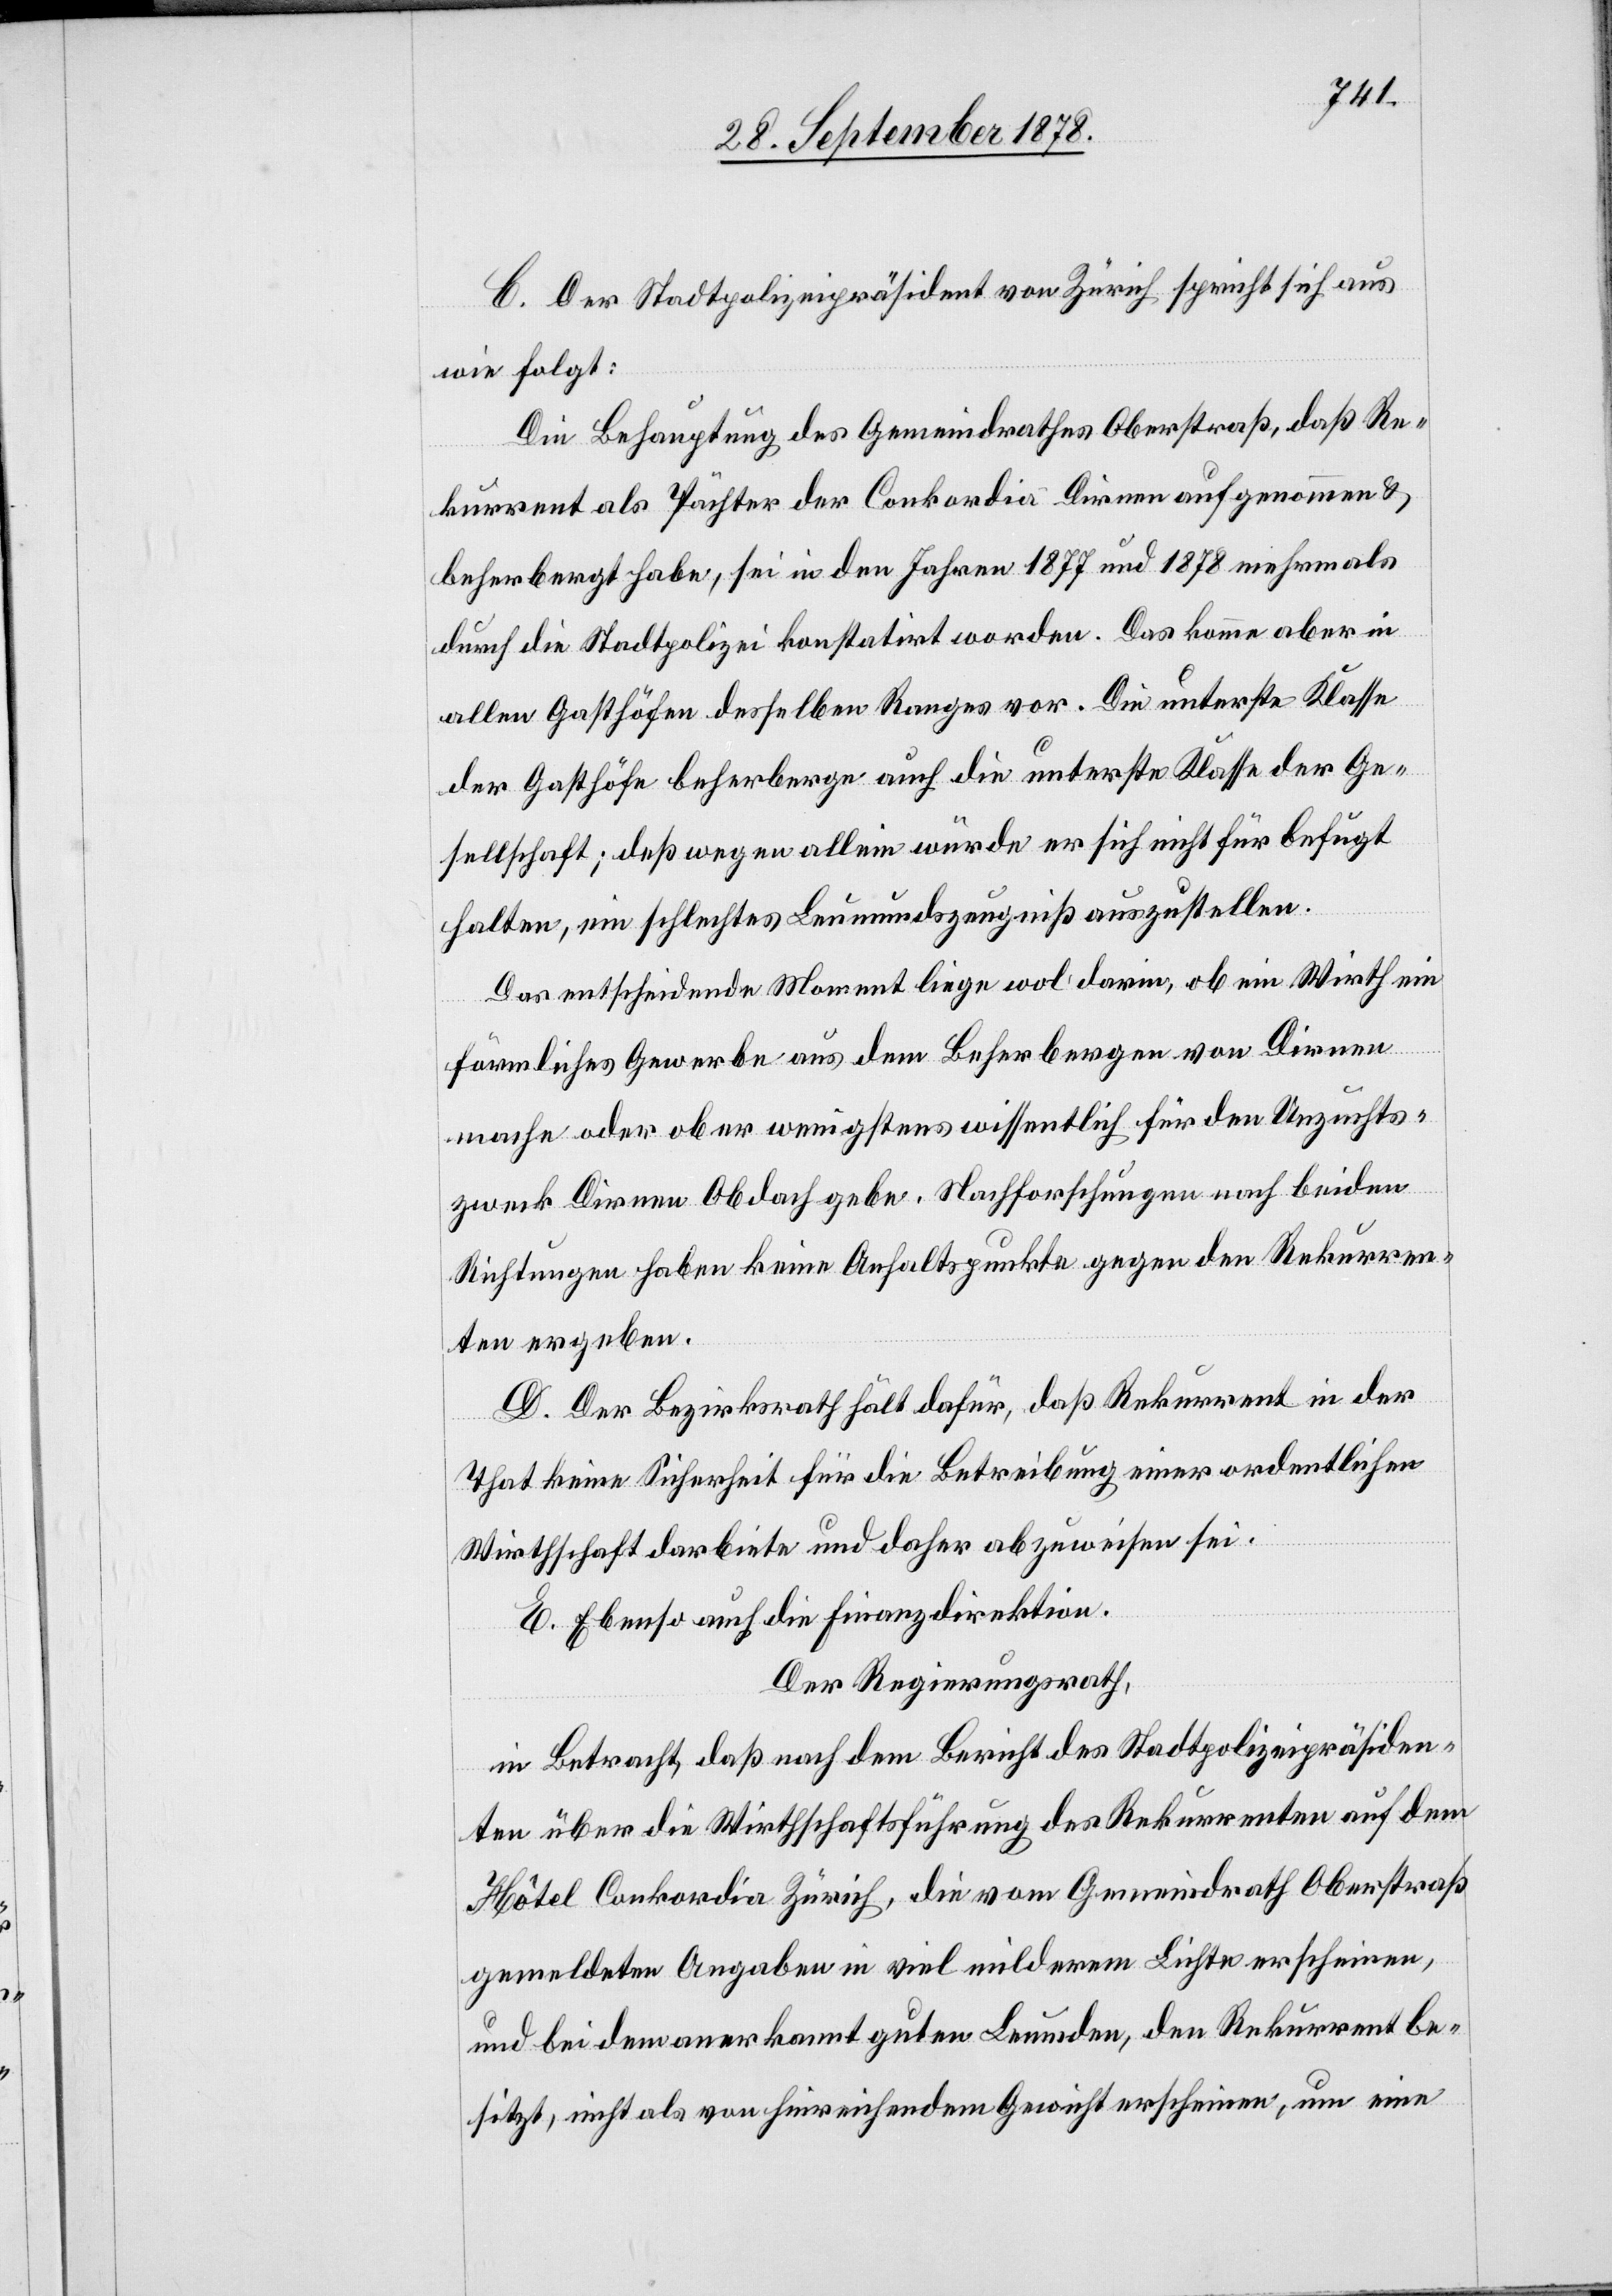
C. Der Stadtpolizeipräsident von Zürich spricht sich aus
wie folgt:
Die Behauptung des Gemeindrathes Oberstraß, daß Re¬
kurrent als Pächter der Conkordia Dirnen aufgenommen &
beherbergt habe, sei in den Jahren 1877 und 1878 mehrmals
durch die Stadtpolizei konstatirt worden. Das komme aber in
allen Gasthöfen desselben Ranges vor. Die unterste Klasse
der Gasthöfe beherbergen auch die unterste Klasse der Ge¬
sellschaft; deßwegen allein würde er sich nicht für befugt
halten, ein schlechtes Leumundszeugniß auszustellen.
Das entscheidende Moment liege wol darin, ob ein Wirth ein
förmliches Gewerbe aus dem Beherbergen von Dirnen
mache oder aber wenigstens wissentlich für den Unzuchts¬
zweck Dirnen Obdach gebe. Nachforschungen nach beiden
Richtungen haben keine Anhaltspunkte gegen den Rekurren¬
ten ergeben.
D. Der Bezirksrath hält dafür, daß Rekurrent in der
That keine Sicherheit für die Betreibung einer ordentlichen
Wirthschaft darbiete und daher abzuweisen sei.
E. Ebenso auch die Finanzdirektion.
Der Regierungsrath,
in Betracht, daß nach dem Bericht des Stadtpolizeipräsiden¬
ten über die Wirthschaftsführung des Rekurrenten auf dem
Hôtel Conkordia Zürich, die vom Gemeindrath Oberstraß
gemeldeten Angaben in viel milderem Lichte erscheinen,
und bei dem anerkannt guten Leumden, den Rekurrent be¬
sitzt, nicht als von hinreichendem Gewicht erscheine, um eine